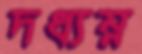
দধ্যম্ন